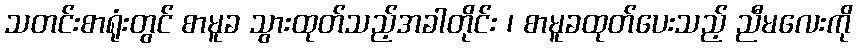
သတင်းစာရုံးတွင် စာမူခ သွားထုတ်သည့်အခါတိုင်း ၊ စာမူခထုတ်ပေးသည့် ညီမလေးကို